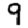
Digit: 9